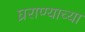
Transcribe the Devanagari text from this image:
घ्रराण्याच्या